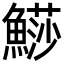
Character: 𩺳